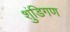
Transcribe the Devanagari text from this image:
शुंडिगण